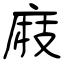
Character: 庪